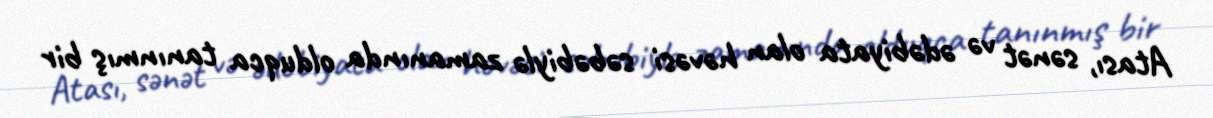
Atası, sənət və ədəbiyata olan həvəsi səbəbiylə zamanında olduqca tanınmış bir